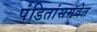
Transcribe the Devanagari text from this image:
पंडितांसमवेत